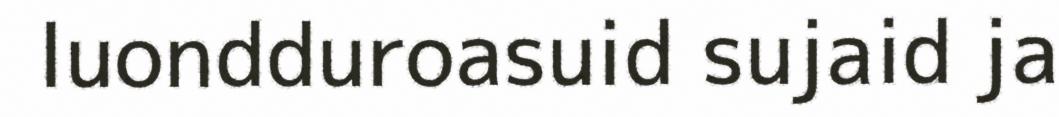
luondduroasuid sujaid ja